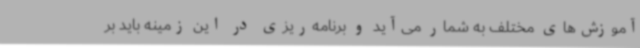
آموزش‌های مختلف به شمار می‌آید و برنامه‌ریزی در این زمینه باید بر